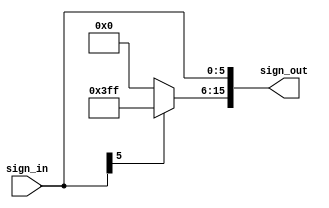

module Sign_Extension (sign_in, sign_out);
	input [5:0] sign_in;
	output [15:0] sign_out;
	assign sign_out[5:0]=sign_in[5:0];
	assign sign_out[15:6]=sign_in[5]?10'b1111111111:10'b0;
endmodule